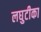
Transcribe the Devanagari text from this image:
लघुटीका